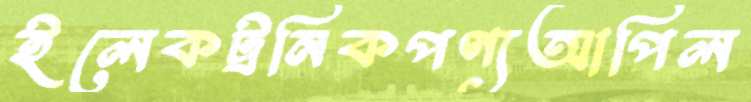
ইলেকট্রনিকপণ্যআপিল